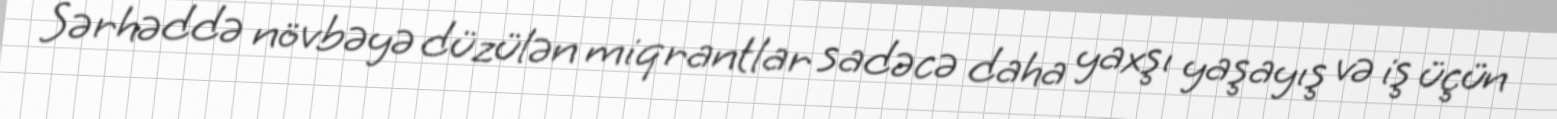
Sərhəddə növbəyə düzülən miqrantlar sadəcə daha yaxşı yaşayış və iş üçün